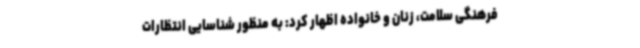
فرهنگی سلامت، زنان و خانواده اظهار کرد: به منظور شناسایی انتظارات